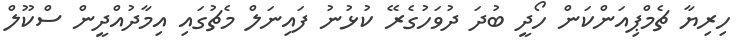
ހިރިޔާ ޗެމްޕިއަންކަން ހޯދީ ބުދަ ދުވަހުގެރޭ ކުޅުނު ފައިނަލް މެޗުގައި އިމާދުއްދީން ސްކޫލް